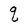
Character: q